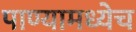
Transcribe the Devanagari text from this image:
पाण्यामध्येच